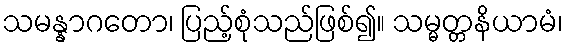
သမန္နာဂတော၊ ပြည့်စုံသည်ဖြစ်၍။ သမ္မတ္တနိယာမံ၊